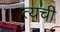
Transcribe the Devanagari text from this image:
त्यची